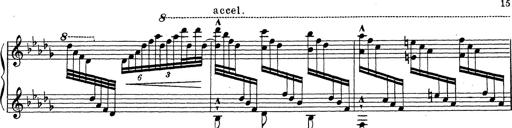
Title: Ballade No.1
Composer: Richard St. Clair